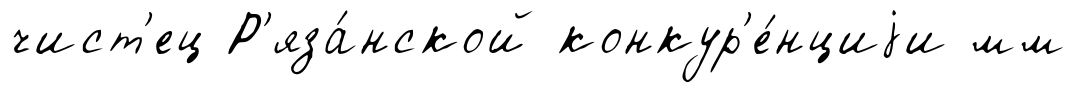
чист'ец Р'яза́нской конкур'е́нциjи мм